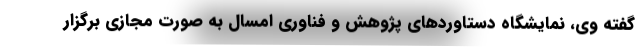
گفته وی، نمایشگاه دستاوردهای پژوهش و فناوری امسال به صورت مجازی برگزار